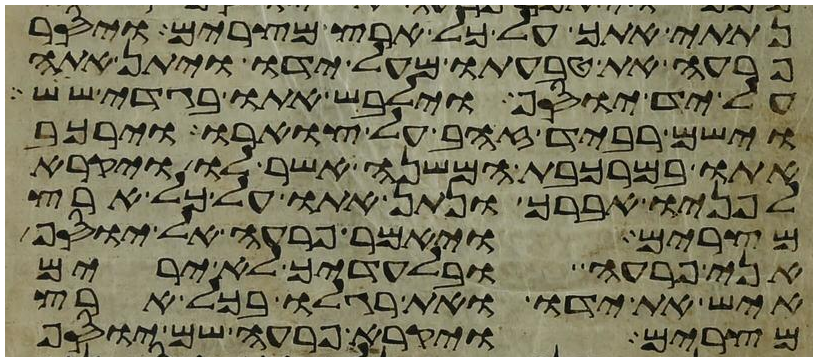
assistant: נתתי אתך על כל ארץ מצרים ויסר
פרעה את טבעתו מעל ידו ויתן אתה
על יד יוסף וילבש אתו בגדי שש
וישם רביד זהב על צוארו וירכב
אתו במרכבת המשנה אשר לו ויקרא
לפניו אברך ונתן אתו על כל ארץ
מצרים ויאמר פרעה אל יוסף
אני פרעה ובלעדיך לא ירים
איש את ידו ואת רגלו בכל ארץ
מצרים ויקרא פרעה שם יוסף